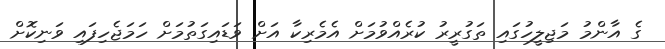
ގެ އާންމު މަޖިލީހުގައި ތަގުރީރު ކުރެއްވުމަށް އެމެރިކާ އަށް ވަޑައިގަތުމަށް ހަމަޖެހިފައި ވަނިކޮށް